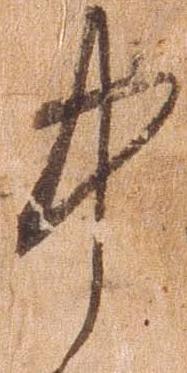
中